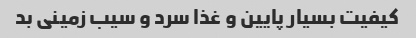
کیفیت بسیار پایین و غذا سرد و سیب زمینی بد